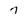
Character: 7